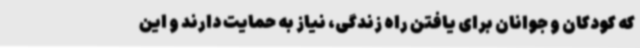
که کودکان و جوانان برای یافتن راه زندگی، نیاز به حمایت دارند و این